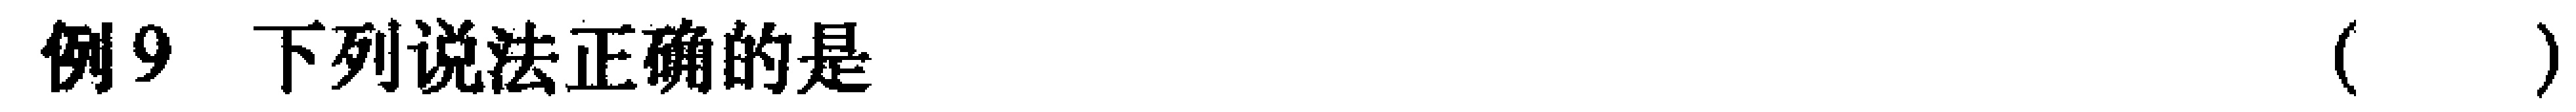
例9 下列说法正确的是（  ）